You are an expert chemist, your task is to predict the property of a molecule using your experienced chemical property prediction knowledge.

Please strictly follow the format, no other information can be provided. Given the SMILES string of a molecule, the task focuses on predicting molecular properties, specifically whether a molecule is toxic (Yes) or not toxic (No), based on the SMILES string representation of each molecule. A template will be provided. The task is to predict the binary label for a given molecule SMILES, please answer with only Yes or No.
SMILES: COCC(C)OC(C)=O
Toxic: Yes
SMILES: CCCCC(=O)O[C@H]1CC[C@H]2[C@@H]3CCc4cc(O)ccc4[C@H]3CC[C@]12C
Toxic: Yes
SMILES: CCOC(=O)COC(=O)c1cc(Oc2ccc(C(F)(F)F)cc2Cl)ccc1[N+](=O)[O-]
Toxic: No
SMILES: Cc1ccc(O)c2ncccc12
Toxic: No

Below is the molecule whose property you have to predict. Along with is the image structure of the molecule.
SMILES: c1ccc(Sc2ccccc2)cc1
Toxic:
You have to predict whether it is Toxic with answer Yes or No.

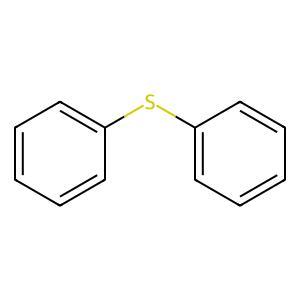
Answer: No